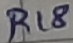
Text: R18